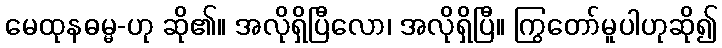
မေထုနဓမ္မ-ဟု ဆို၏။ အလိုရှိပြီလော၊ အလိုရှိပြီ။ ကြွတော်မူပါဟုဆို၍